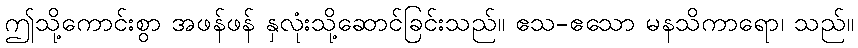
ဤသို့ကောင်းစွာ အဖန်ဖန် နှလုံးသို့ဆောင်ခြင်းသည်။ ဧသ-ဧသော မနသိကာရော၊ သည်။